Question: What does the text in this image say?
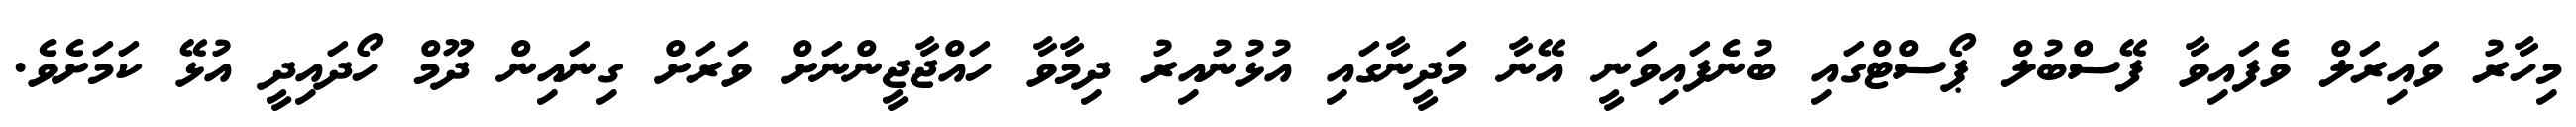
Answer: މިހާރު ވައިރަލް ވެފައިވާ ފޭސްބުލް ޕޯސްޓްގައި ބުނެފައިވަނީ އޭނާ މަދީނާގައި އުޅުނުއިރު ދިމާވާ ހައްޖާޖީންނަށް ވަރަށް ގިނައިން ދޫމް ހޯދައިދީ އުޅޭ ކަމަށެވެ.